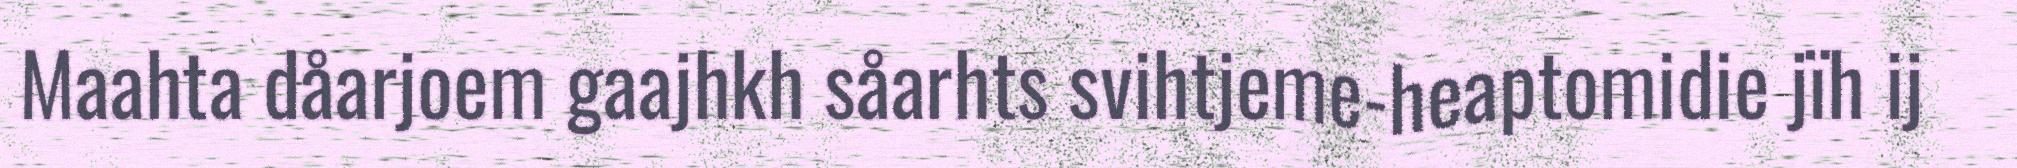
Maahta dåarjoem gaajhkh såarhts svihtjeme-heaptomidie jïh ij